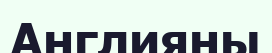
Англияны